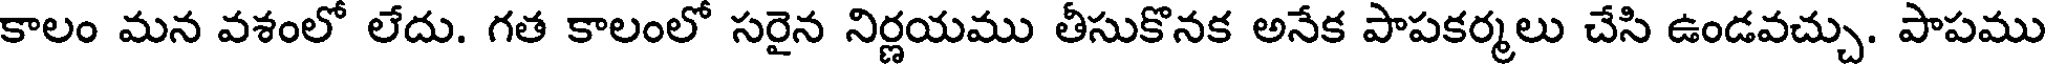
కాలం మన వశంలో లేదు. గత కాలంలో సరైన నిర్ణయము తీసుకొనక అనేక పాపకర్మలు చేసి ఉండవచ్చు. పాపము